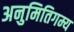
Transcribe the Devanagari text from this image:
अनुमितिगम्य